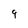
Character: 9